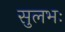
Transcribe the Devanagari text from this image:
सुलभः